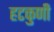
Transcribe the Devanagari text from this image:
हटकुणी